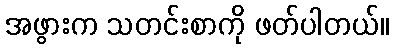
အဖွားက သတင်းစာကို ဖတ်ပါတယ်။